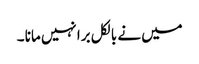
میں نے بالکل برا نہیں مانا ۔